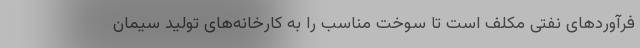
فرآوردهای نفتی مکلف است تا سوخت مناسب را به کارخانه‌های تولید سیمان